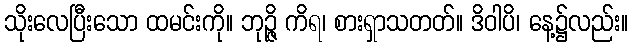
သိုးလေပြီးသော ထမင်းကို။ ဘုဉ္ဇိ ကိရ၊ စားရှာသတတ်။ ဒိဝါပိ၊ နေ့၌လည်း။